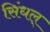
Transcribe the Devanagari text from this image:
सिंधल्